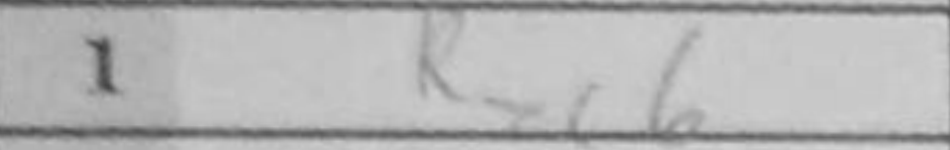
Transcription: Rxc6